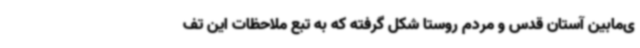
ی‌مابین آستان قدس و مردم روستا شکل گرفته که به تبع ملاحظات این تف